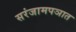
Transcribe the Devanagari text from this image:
सरंजामपञात